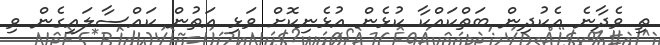
ތި ވެދާނެ އެކުދިން ބަތްކައްކާ ކުޅެން އުޅެނިކޮށް ވަޅި އަތުން ކައްސާލައިގެން ވި